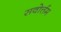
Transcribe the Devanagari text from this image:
सवोर्त्तम